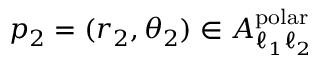
p _ { 2 } = ( r _ { 2 } , \theta _ { 2 } ) \in A _ { \ell _ { 1 } \ell _ { 2 } } ^ { \mathrm { p o l a r } }